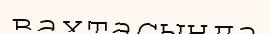
вахтасында